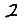
Digit: 2